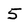
Character: 5